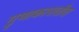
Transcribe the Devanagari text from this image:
गुणाकारातील